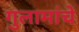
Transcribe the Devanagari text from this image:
गुलामांचे